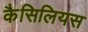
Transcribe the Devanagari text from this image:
कैसिलियस